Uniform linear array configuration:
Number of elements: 4
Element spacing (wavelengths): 0.5
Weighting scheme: kaiser
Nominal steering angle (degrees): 0
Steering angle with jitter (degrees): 1.847
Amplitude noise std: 0.05
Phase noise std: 0.05

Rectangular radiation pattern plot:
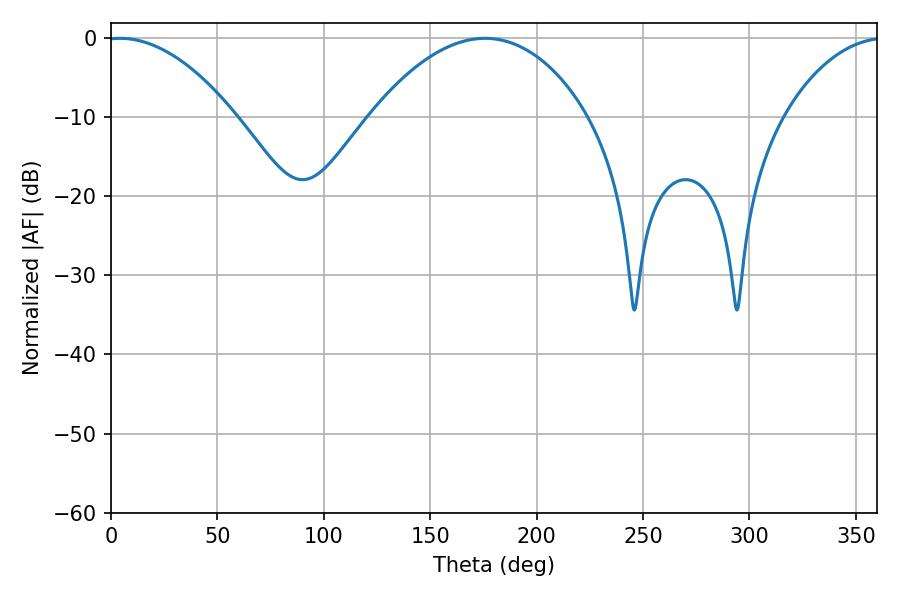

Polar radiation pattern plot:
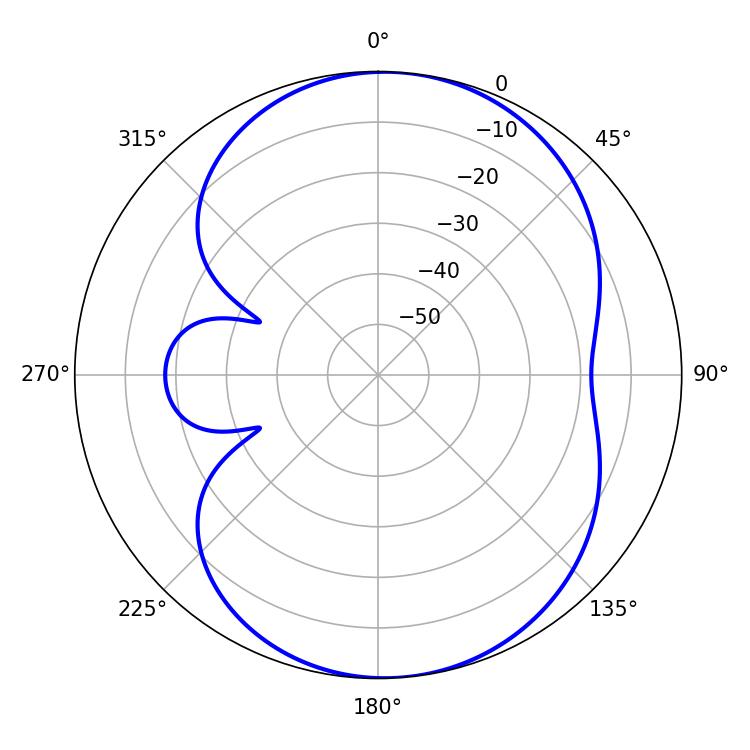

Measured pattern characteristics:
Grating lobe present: FALSE
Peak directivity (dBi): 9.668
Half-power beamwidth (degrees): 33.66
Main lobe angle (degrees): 4.32